Vabadussoja_Ajaloo_Komitee, lk 54
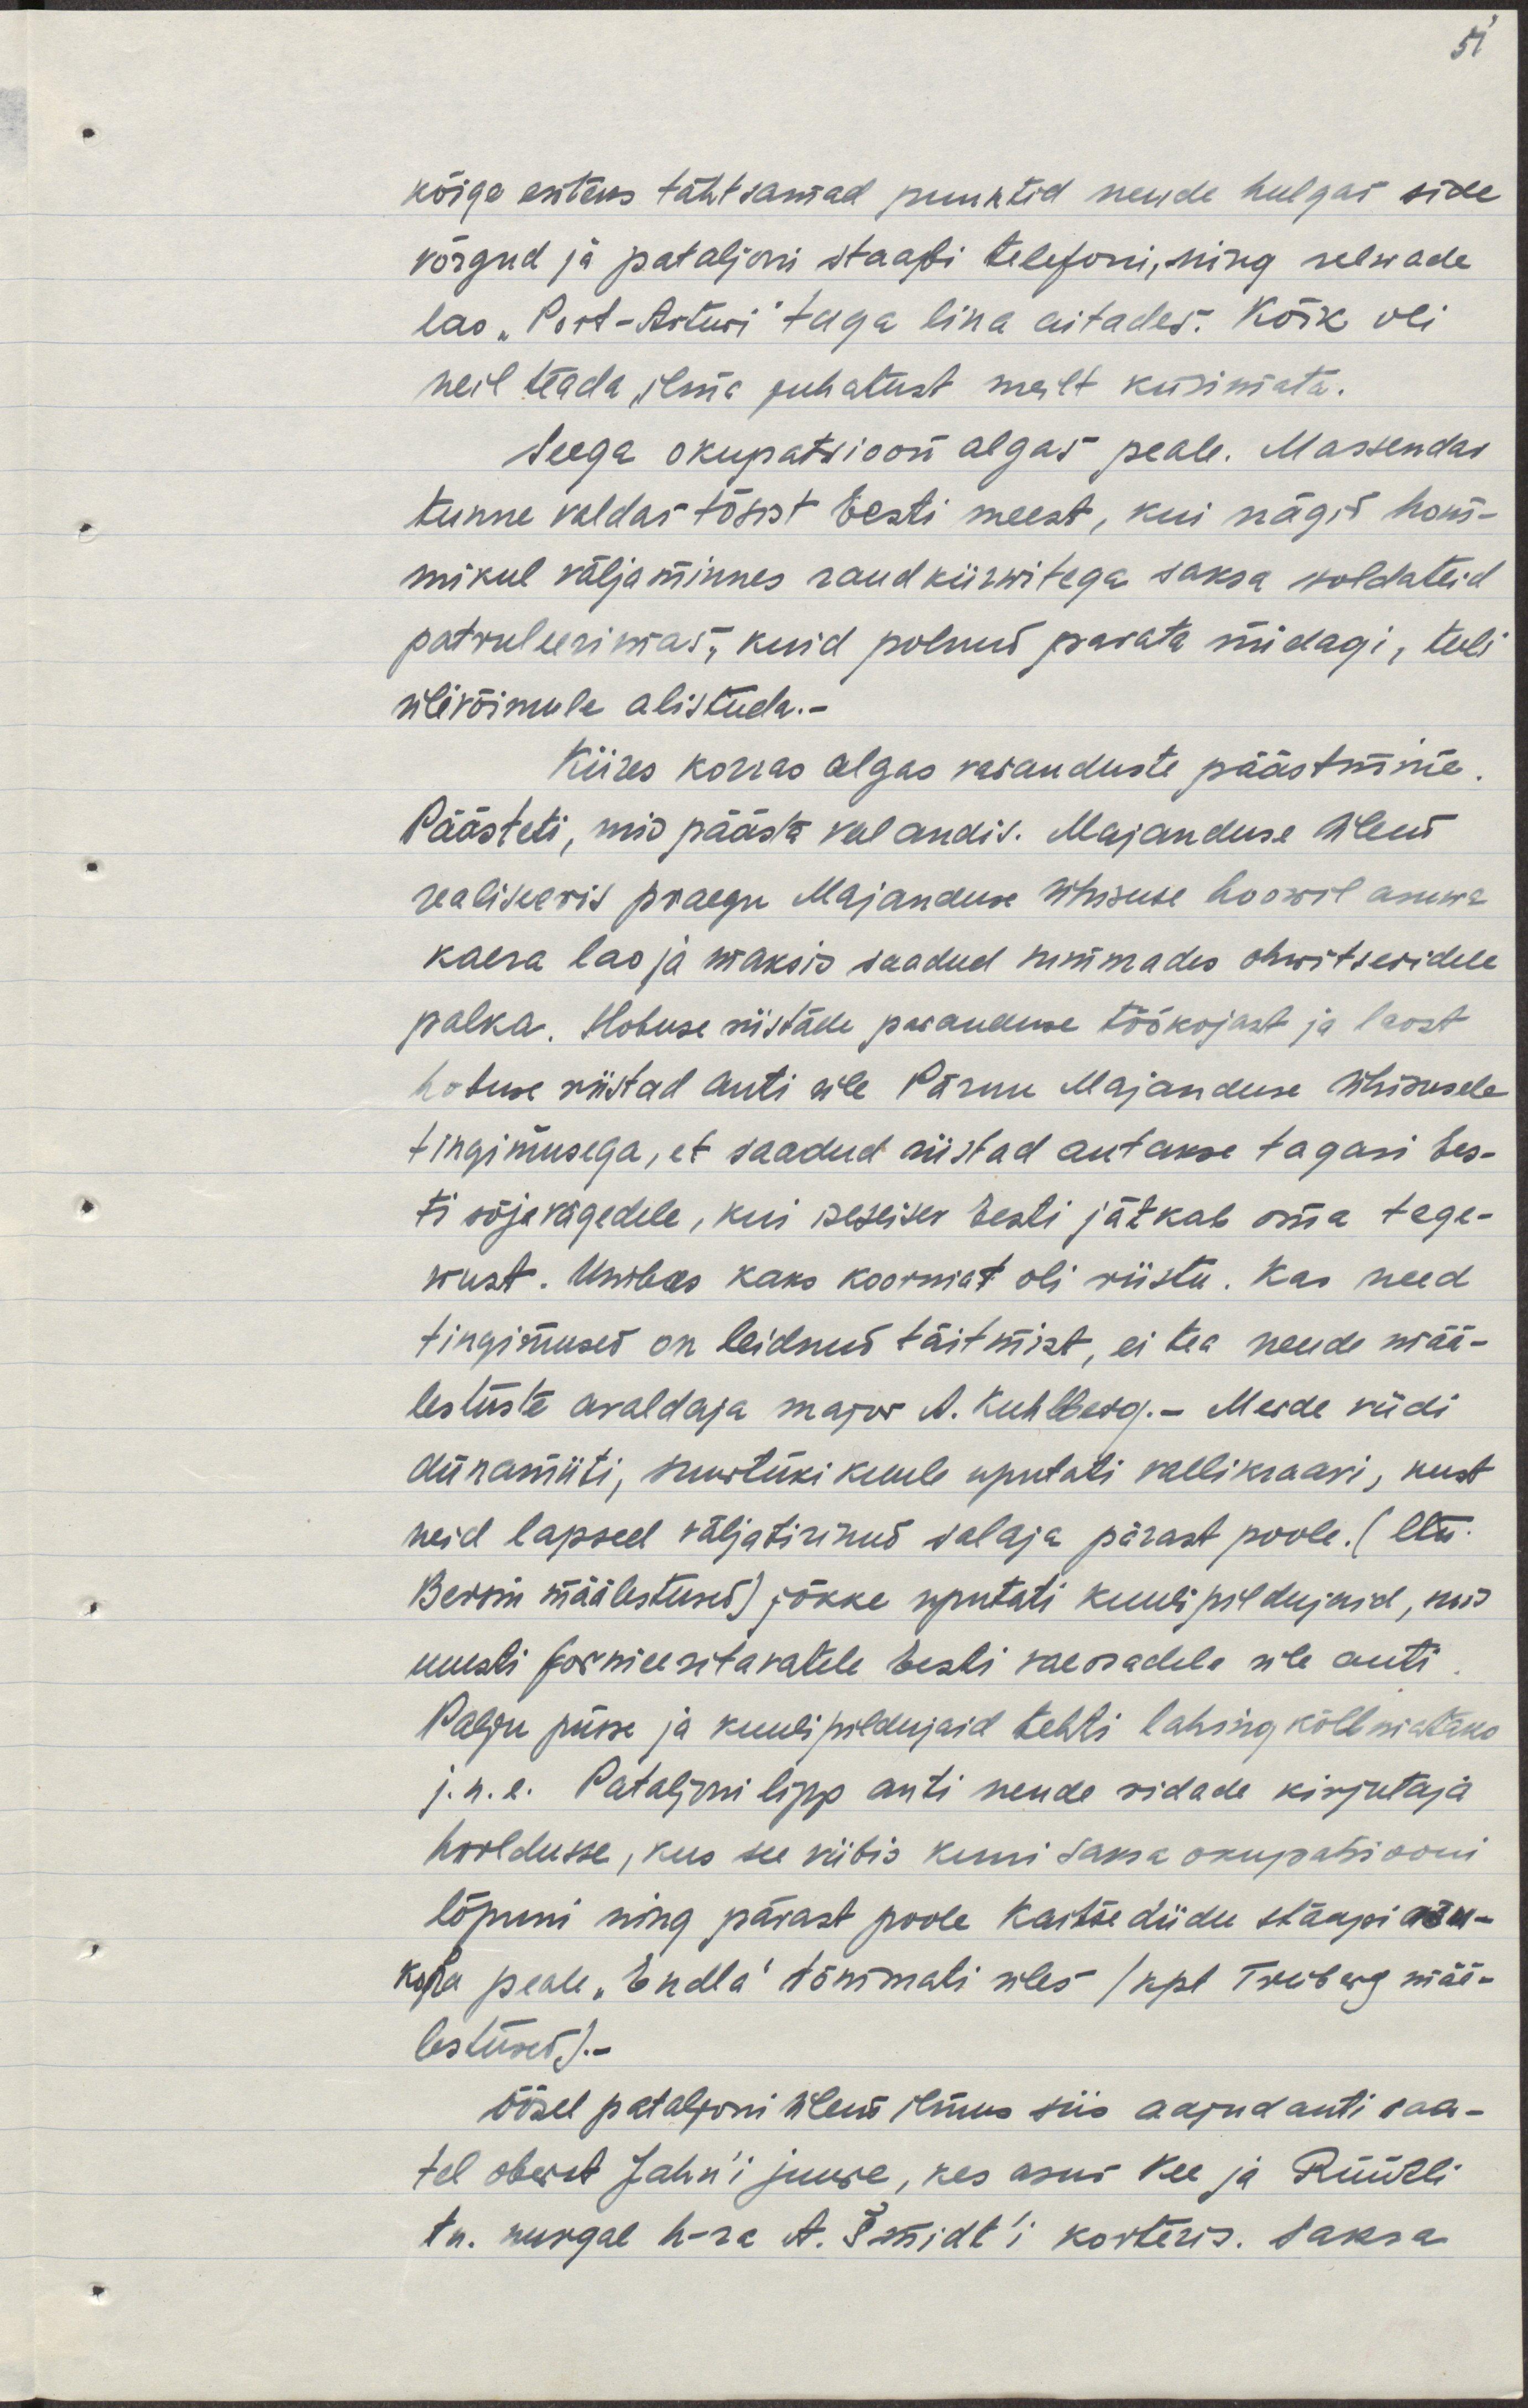
kõige esiteks tähtsamad punktid nende hulgas side
võrgud ja pataljoni staabi telefoni, ning relwade
lao "Port-Arturi" taga lina aitades. Kõik oli 
neil teada ilma juhatust meilt küsimata.
Seega okupatsioon algas peale. Masendas
tunne valdas tõsist Eesti meest, kui nägi hom-
mikul välja minnes raudkiiwritega saksa soldateid
patruleerimas, kuid polnud parata midagi, tuli
ülivõimule alistuda.-
Kiires korras algas varanduste päästmine.
Päästeti, mis päästa veel andis. Majanduse ülem 
realiseeris praegu majanduse ühisuse hoowil asuwa
kaera lao ja maksis saadud summades ohwitseridele
palka. Hobuse riistade paranduse töökojast ja laost
hobuse riistad anti üle Pärnu Majanduse Ühisusele
tingimustega, et saadud riistad antakse tagasi Ees-
ti sõjavägedele, kui iseseisev Eesti jätkab oma tege-
wust. Umbes kaks koormat oli riistu. Kas need 
tingimused on leidnud täitmist, ei tea nende mää-
lestuste avaldaja major A. Kuhlberg.- Merde viidi
dünamiiti, suurtüki kuule uputati vallikraavi, kust
neid lapsed väljatirinud salaja pärast poole. (ltn
Bersin määlestused) jõkke uputati kuulipildujaid, mis
uuesti formeeritavatele Eesti väeosadele üle anti.
Polgu püsse ja kuulipildujaid tehti lahing kõlbmataks
j.n.e. Pataljoni lipp anti nende ridade kirjutaja
hooldusse, kus see viibis kuni saksa okupatsiooni
lõpuni ning pärast poole Kaitse Liidu staapi asu-
koha peale "Endla" tõmmati üles /kpt. Treiberg mää-
lestused).-
Öösel pataljoni ülem ilmus siis aajudanti saa-
tel obertst Jahn'i juurde, kes asus Vee ja Rüütli
tn. nurgal h-ra A. Šmidt'i korteris. Saksa